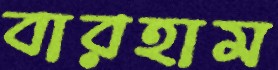
বারহাম